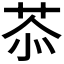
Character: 𦮕